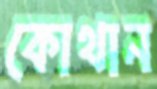
কোথান